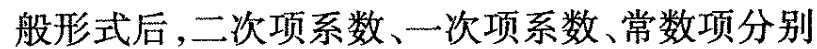
般形式后，二次项系数、一次项系数、常数项分别